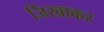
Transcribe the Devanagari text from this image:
जिखाकर